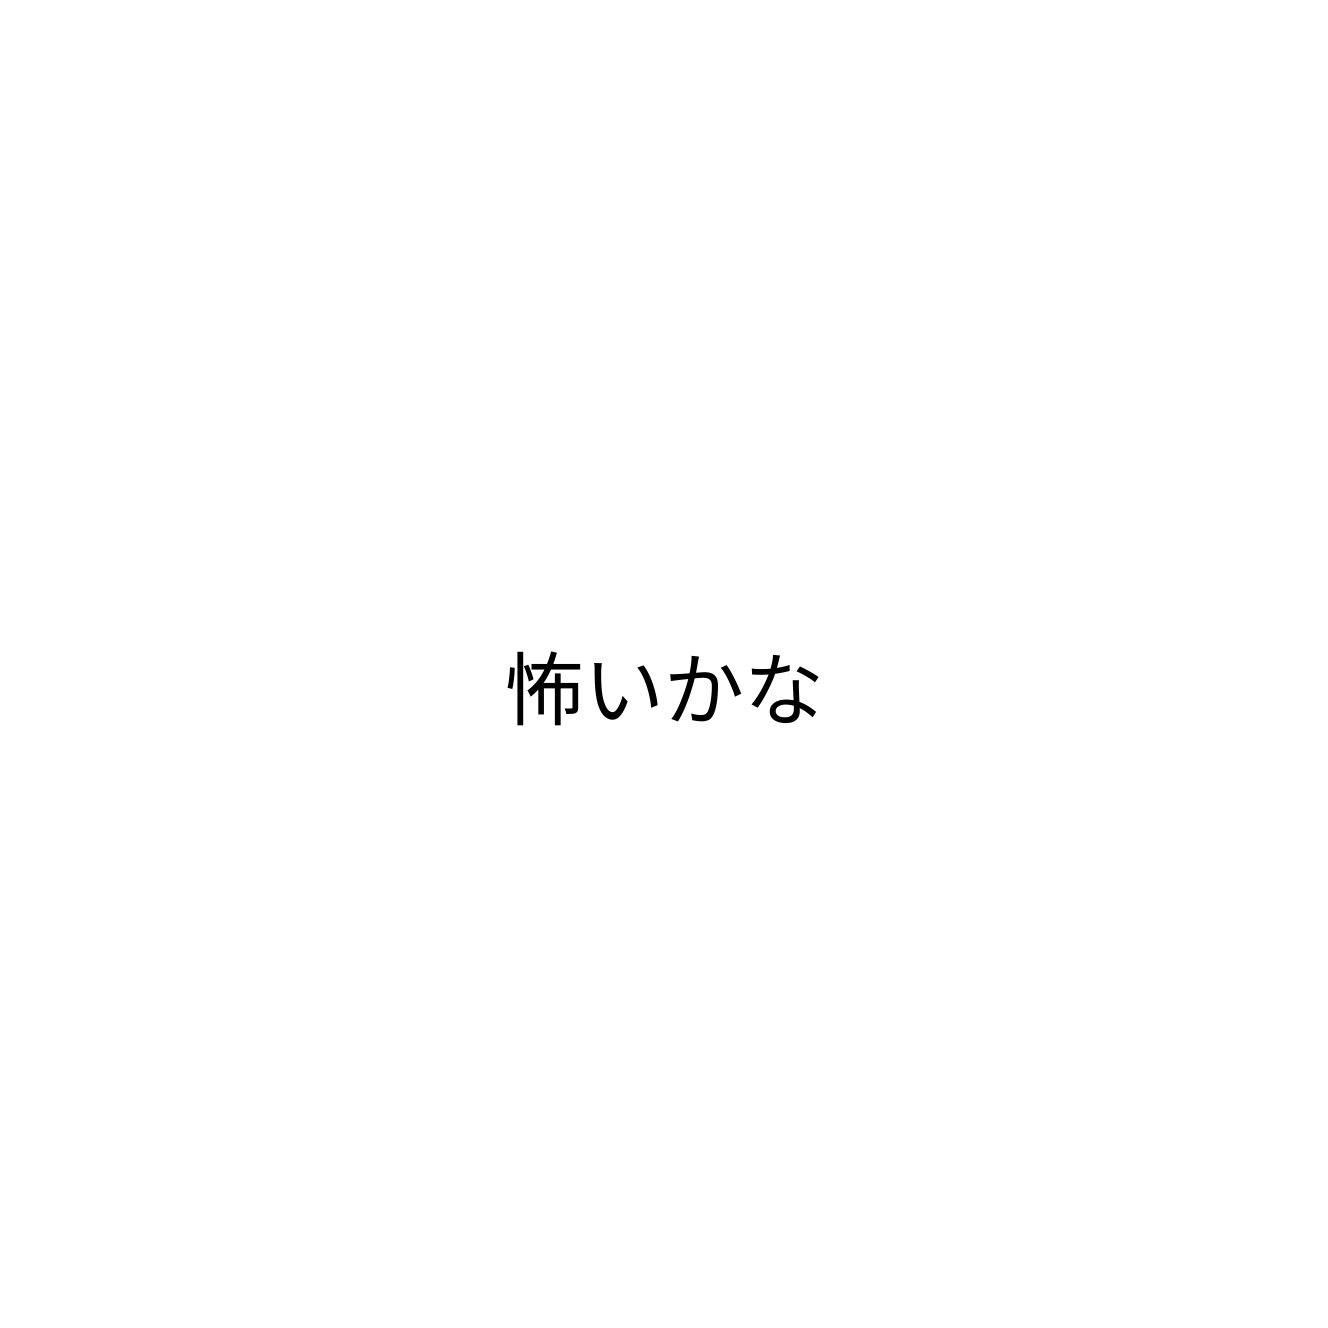
怖いかな